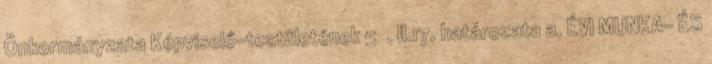
Önkormányzata Képviselő-testületének 5 . II.17. határozata a. ÉVI MUNKA- ÉS